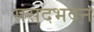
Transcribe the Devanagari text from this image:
संसदभवन